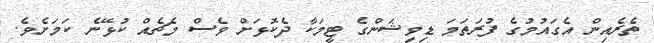
ތެރެއިން އެގައުމުގެ ފުރަތަމަ ޑިވިޝަންގެ ޓީމަކާ ދެކޮޅަށް ވެސް މެޗެއް ކުޅޭނެ ކަމަށެވެ.